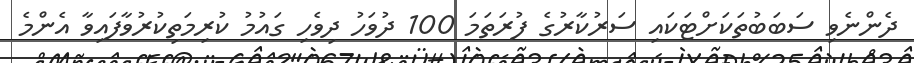
ދެންނެވި ސަބަބުތަކަށްޓަކައި ސަރުކާރުގެ ފުރަތަމަ 100 ދުވަހު ދިވެހި ގައުމު ކުރިމަތިކުރުވާފައިވާ އެންމެ